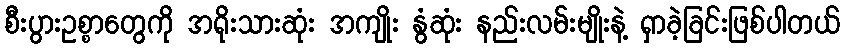
စီးပွားဥစ္စာတွေကို အရိုးသားဆုံး အကျိုး နွံဆုံး နည်းလမ်းမျိုးနဲ့ ရှာခဲ့ခြင်းဖြစ်ပါတယ်